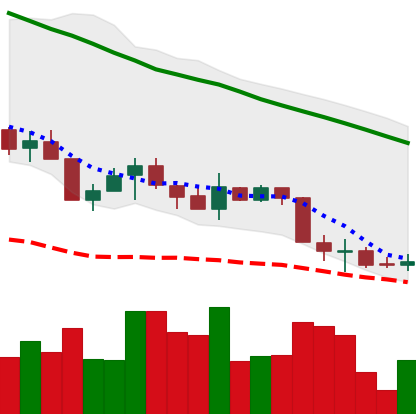
Ticker: XMR-USD
Chart end date: 2018-05-27
Forward return: -5.145%
Label: down_5_7